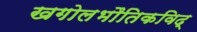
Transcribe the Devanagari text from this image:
खगोलभौतिकविद्